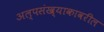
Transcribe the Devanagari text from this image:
अल्पसंख्याकावरील